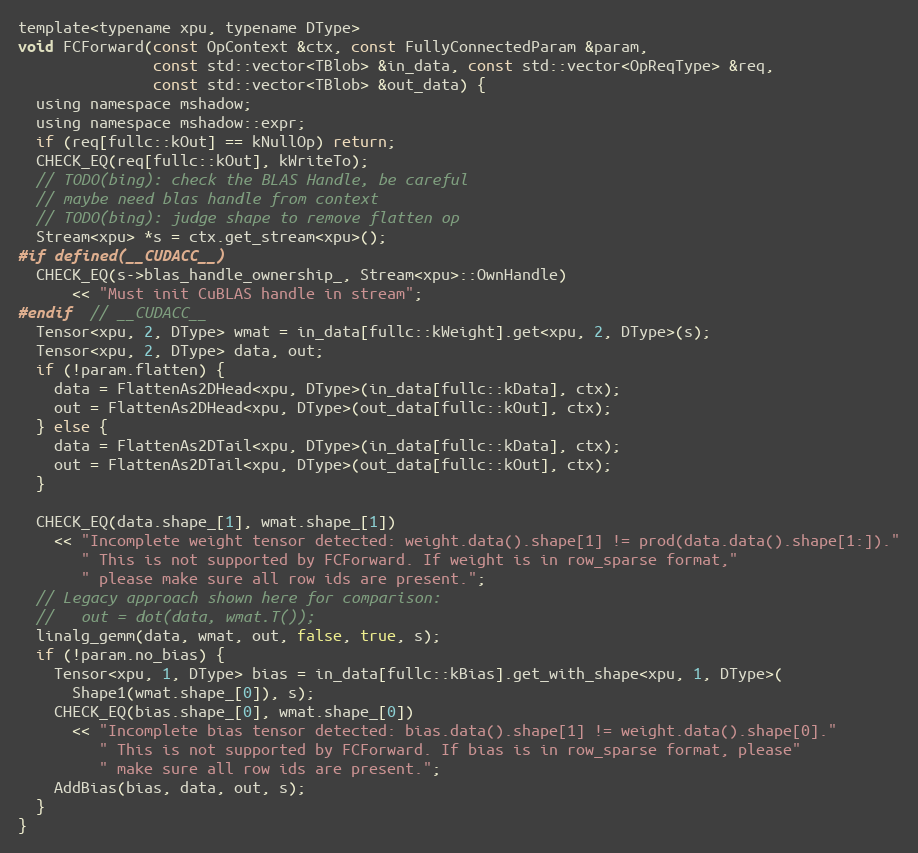
Language: C
template<typename xpu, typename DType>
void FCForward(const OpContext &ctx, const FullyConnectedParam &param,
               const std::vector<TBlob> &in_data, const std::vector<OpReqType> &req,
               const std::vector<TBlob> &out_data) {
  using namespace mshadow;
  using namespace mshadow::expr;
  if (req[fullc::kOut] == kNullOp) return;
  CHECK_EQ(req[fullc::kOut], kWriteTo);
  // TODO(bing): check the BLAS Handle, be careful
  // maybe need blas handle from context
  // TODO(bing): judge shape to remove flatten op
  Stream<xpu> *s = ctx.get_stream<xpu>();
#if defined(__CUDACC__)
  CHECK_EQ(s->blas_handle_ownership_, Stream<xpu>::OwnHandle)
      << "Must init CuBLAS handle in stream";
#endif  // __CUDACC__
  Tensor<xpu, 2, DType> wmat = in_data[fullc::kWeight].get<xpu, 2, DType>(s);
  Tensor<xpu, 2, DType> data, out;
  if (!param.flatten) {
    data = FlattenAs2DHead<xpu, DType>(in_data[fullc::kData], ctx);
    out = FlattenAs2DHead<xpu, DType>(out_data[fullc::kOut], ctx);
  } else {
    data = FlattenAs2DTail<xpu, DType>(in_data[fullc::kData], ctx);
    out = FlattenAs2DTail<xpu, DType>(out_data[fullc::kOut], ctx);
  }

  CHECK_EQ(data.shape_[1], wmat.shape_[1])
    << "Incomplete weight tensor detected: weight.data().shape[1] != prod(data.data().shape[1:])."
       " This is not supported by FCForward. If weight is in row_sparse format,"
       " please make sure all row ids are present.";
  // Legacy approach shown here for comparison:
  //   out = dot(data, wmat.T());
  linalg_gemm(data, wmat, out, false, true, s);
  if (!param.no_bias) {
    Tensor<xpu, 1, DType> bias = in_data[fullc::kBias].get_with_shape<xpu, 1, DType>(
      Shape1(wmat.shape_[0]), s);
    CHECK_EQ(bias.shape_[0], wmat.shape_[0])
      << "Incomplete bias tensor detected: bias.data().shape[1] != weight.data().shape[0]."
         " This is not supported by FCForward. If bias is in row_sparse format, please"
         " make sure all row ids are present.";
    AddBias(bias, data, out, s);
  }
}